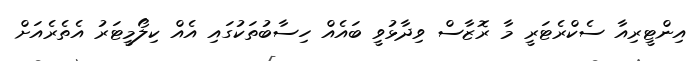
އިންޓީރިއާ ސެކްރެޓަރީ މާ ރޮޒާސް ވިދާޅުވީ ބައެއް ހިސާބުތަކުގައި އެއް ކިލޯމީޓަރު އެތެރެއަށް